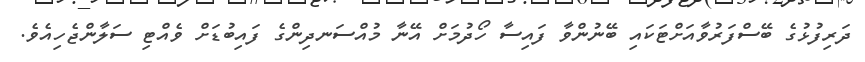
ދަރިފުޅުގެ ބޭސްފަރުވާއަށްޓަކައި ބޭނުންވާ ފައިސާ ހޯދުމަށް އޭނާ މުއްސަނދިންގެ ފައިބުޑަށް ވެއްޓި ސަލާންޖެހިއެވެ.